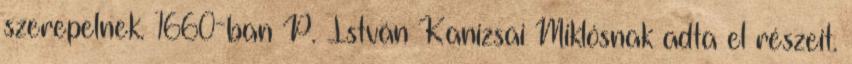
szerepelnek. 1660-ban P. István Kanizsai Miklósnak adta el részeit.